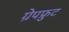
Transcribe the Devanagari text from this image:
ग्रेपफ्रुट